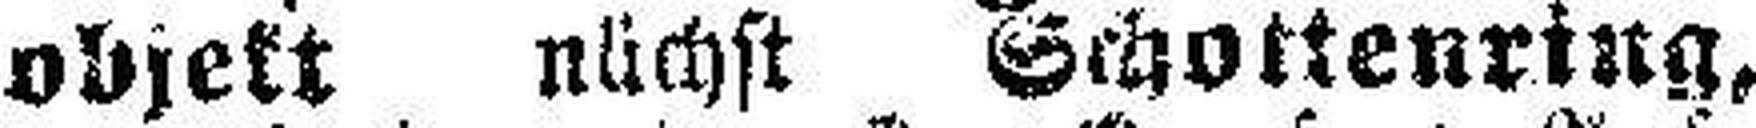
objekt nächst Schottenring,